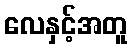
လေနှင့်အတူ